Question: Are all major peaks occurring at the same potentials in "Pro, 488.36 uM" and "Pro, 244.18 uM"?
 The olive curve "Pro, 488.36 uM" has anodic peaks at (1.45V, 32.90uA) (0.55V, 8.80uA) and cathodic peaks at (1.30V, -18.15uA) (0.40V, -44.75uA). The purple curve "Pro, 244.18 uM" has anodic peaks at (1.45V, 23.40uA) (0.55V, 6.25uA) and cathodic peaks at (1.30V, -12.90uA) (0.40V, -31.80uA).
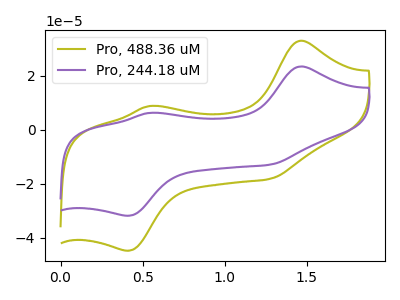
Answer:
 <answer>Yes, "Pro, 488.36 uM" have a peak in "Pro, 244.18 uM" at the same potential.</answer>
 <eval>match</eval>